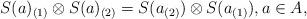
LaTeX: \begin{align*}S(a)_{(1)}\otimes S(a)_{(2)} = S(a_{(2)})\otimes S(a_{(1)}),a\in A, \end{align*}